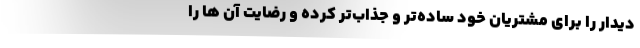
دیدار را برای مشتریان خود ساده‌تر و جذاب‌تر کرده و رضایت آن ها را